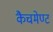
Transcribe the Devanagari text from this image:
कैचमेण्ट